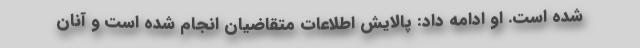
شده است. او ادامه داد: پالایش اطلاعات متقاضیان انجام شده است و آنان